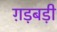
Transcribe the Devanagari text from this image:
ग़ड़बड़ी